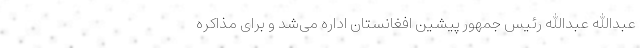
عبدالله عبدالله رئیس جمهور پیشین افغانستان اداره می‌شد و برای مذاکره